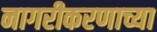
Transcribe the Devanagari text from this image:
नागरीकरणाच्या